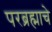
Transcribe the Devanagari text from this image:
परब्रह्माचे